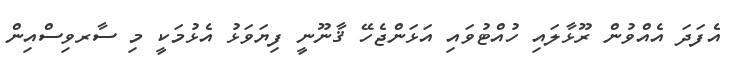
އެފަދަ އެއްވުން ރޫޅާލައި ހުއްޓުވައި އަޅަންޖެހޭ ޤާނޫނީ ފިޔަވަޅު އެޅުމަކީ މި ސާރވިސްއިން